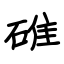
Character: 碓